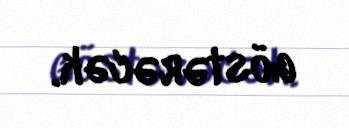
göstərəcək.